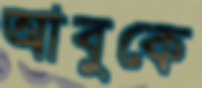
আবুকে